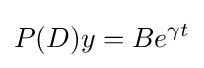
P(D)y=Be^{\gamma t}